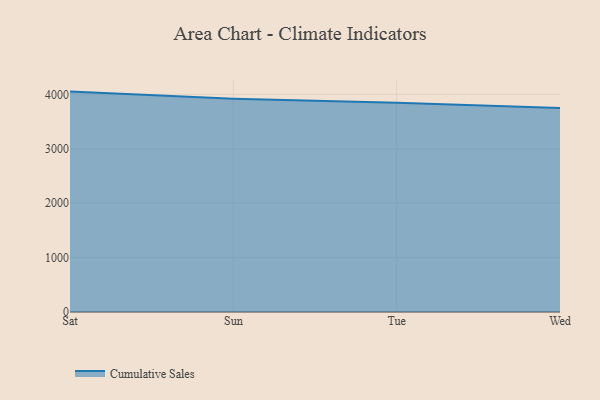
{"axis": {"x": "Day", "y": "Tickets Resolved"}, "legend": ["Cumulative Sales"], "data": [{"x": "Sat", "y": 4050.4, "type": "Cumulative Sales"}, {"x": "Sun", "y": 3921.0, "type": "Cumulative Sales"}, {"x": "Tue", "y": 3846.7, "type": "Cumulative Sales"}, {"x": "Wed", "y": 3749.1, "type": "Cumulative Sales"}]}